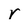
Character: r